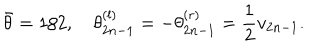
\bar { \theta } = 1 / 2 , \quad \theta _ { 2 n - 1 } ^ { \left( l \right) } = - \theta _ { 2 n - 1 } ^ { \left( r \right) } = \frac { 1 } { 2 } v _ { 2 n - 1 } .